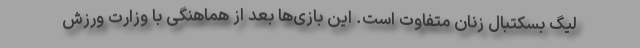
لیگ بسکتبال زنان متفاوت است. این بازی‌ها بعد از هماهنگی با وزارت ورزش